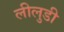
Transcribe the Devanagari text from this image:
लीलुडी